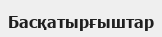
Басқатырғыштар